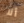
ألا